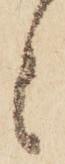
候